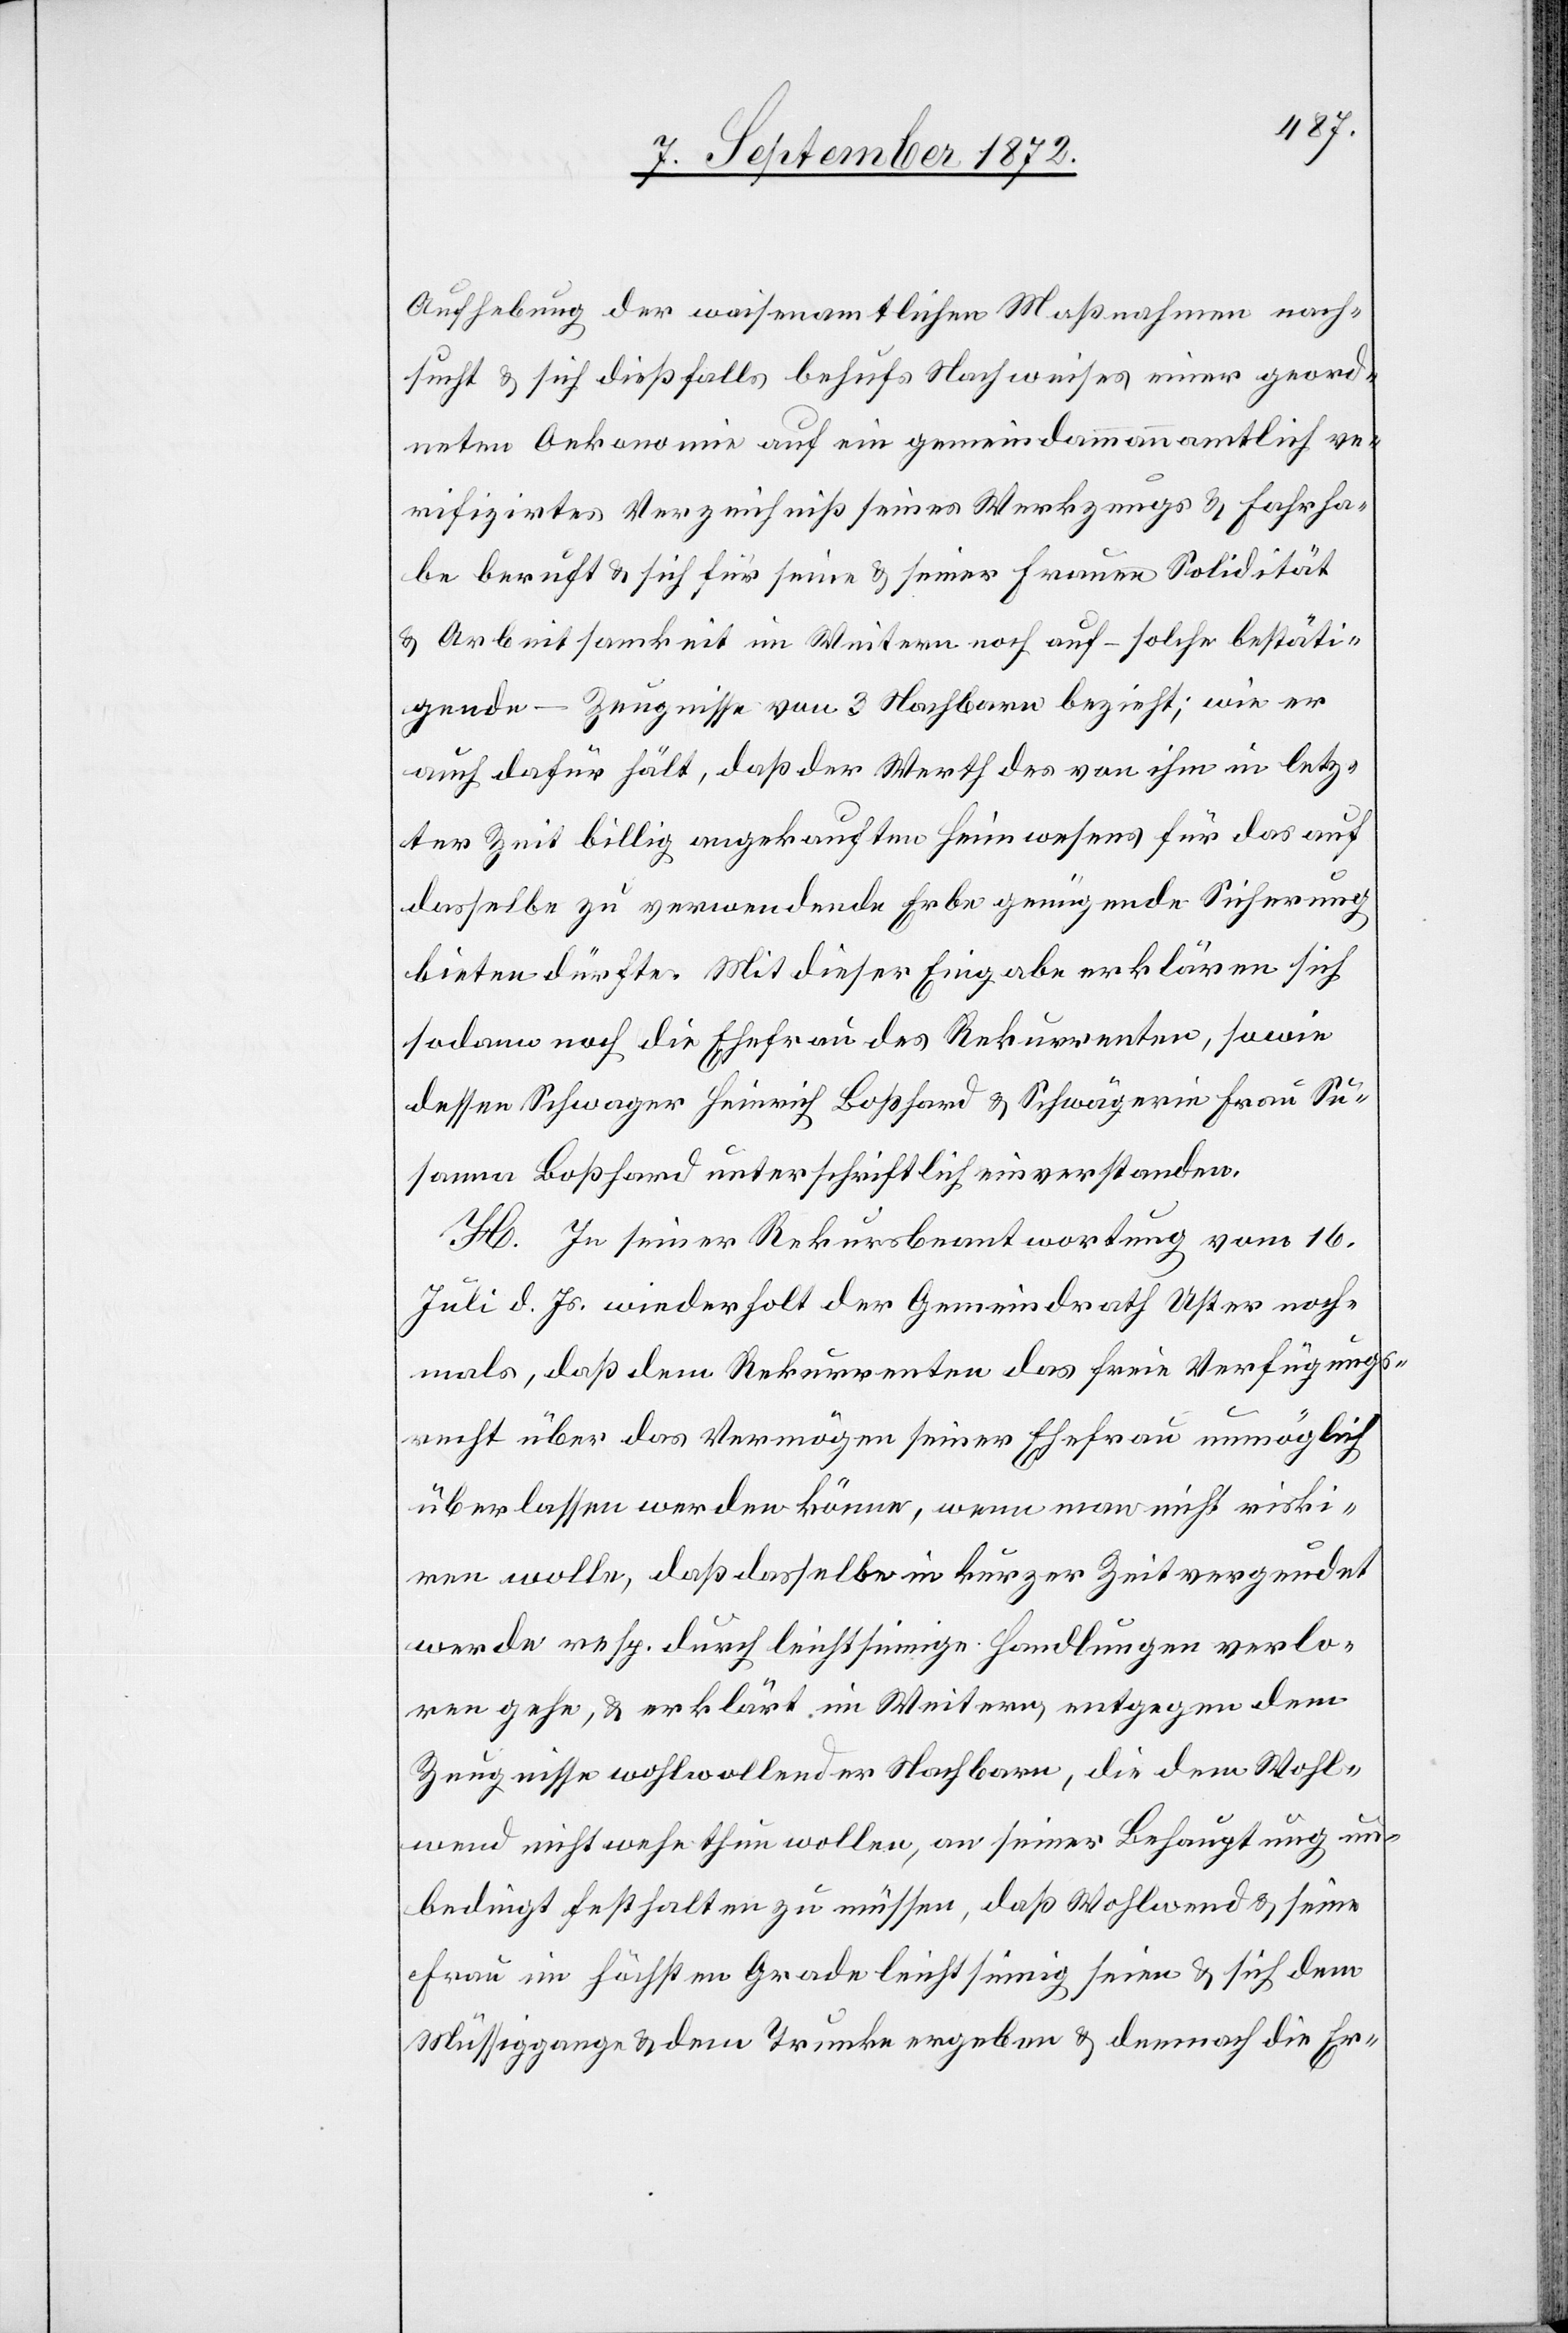
Aufhebung der waisenamtlichen Maßnahmen nach¬
sucht u. sich dießfalls behufs Nachweises einer geord¬
neten Oekonomie auf eine gemeindammannamtlich ver¬
ifizirtes Verzeichniß seines Werkzeugs u. Fahrha¬
be beruft u. sich für seine u. seiner Frauen Solidität
u. Arbeitsamkeit im Weitern noch auf – solche bestäti¬
gende – Zeugnisse von 3 Nachbarn bezieht; wie er
auch dafür hält, daß der Werth des von ihm in letz¬
ter Zeit billig angekauften Heimwesens für das auf
dasselbe zu verwendende Erbe genügende Sicherung
bieten dürfte. Mit dieser Eingabe erklären sich
sodann noch die Ehefrau des Rekurrenten, sowie
dessen Schwager Heinrich Boßhard u. Schwägerin Frau Su¬
sanna Boßhard unterschriftlich einverstanden.
H. In seiner Rekursbeantwortung vom 16.
Juli d. Js. wiederholt der Gemeindrath Uster noch¬
mals, daß dem Rekurrenten das freie Verfügungs¬
recht über das Vermögen seiner Ehefrau unmöglich
überlassen werden könne, wenn man nicht riskie¬
ren wolle, daß dasselbe in kurzer Zeit vergeudet
werde resp. durch leichtsinnige Handlungen verlo¬
ren gehe, u. erklärt im Weitern entgegen dem
Zeugnisse wohlwollender Nachbar, die dem Wohl¬
wend nicht wehe thun wollen, an seiner Behauptung un¬
bedingt festhalten zu müssen, daß Wohlwend u. seine
Frau im höchsten Grade leichtsinnig seien u. sich dem
Müssiggange u. dem Trunke ergeben u. demnach die Er-